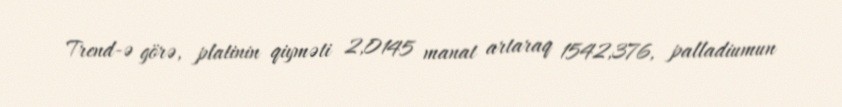
Trend-ə görə, platinin qiyməti 2,0145 manat artaraq 1542,376, palladiumun